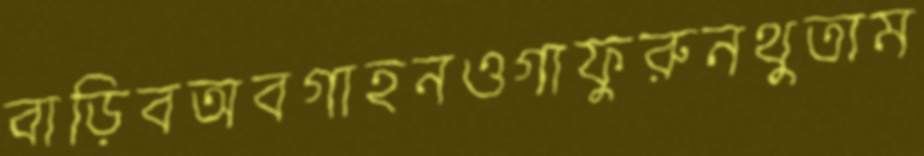
বাড়িবঅবগাহনওগাফুরুনথুতাম